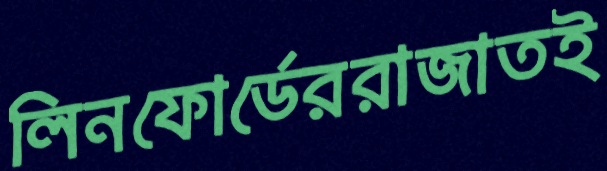
লিনফোর্ডেররাজাতই